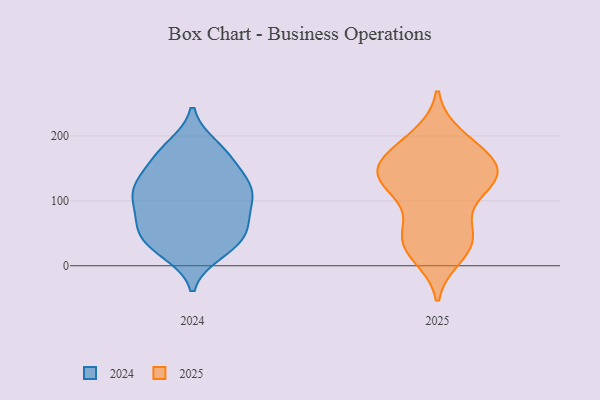
{"axis": {"x": "Bounce Rate (%)", "y": "Value"}, "legend": ["2024", "2025"], "data": [{"x": "", "y": 167, "type": "2024"}, {"x": "", "y": 85, "type": "2024"}, {"x": "", "y": 34, "type": "2024"}, {"x": "", "y": 123, "type": "2024"}, {"x": "", "y": 163, "type": "2024"}, {"x": "", "y": 21, "type": "2024"}, {"x": "", "y": 110, "type": "2024"}, {"x": "", "y": 122, "type": "2024"}, {"x": "", "y": 138, "type": "2024"}, {"x": "", "y": 29, "type": "2024"}, {"x": "", "y": 67, "type": "2024"}, {"x": "", "y": 36, "type": "2024"}, {"x": "", "y": 66, "type": "2024"}, {"x": "", "y": 116, "type": "2024"}, {"x": "", "y": 52, "type": "2024"}, {"x": "", "y": 110, "type": "2024"}, {"x": "", "y": 183, "type": "2024"}, {"x": "", "y": 63, "type": "2024"}, {"x": "", "y": 179, "type": "2024"}, {"x": "", "y": 109, "type": "2024"}, {"x": "", "y": 28, "type": "2025"}, {"x": "", "y": 199, "type": "2025"}, {"x": "", "y": 43, "type": "2025"}, {"x": "", "y": 143, "type": "2025"}, {"x": "", "y": 150, "type": "2025"}, {"x": "", "y": 51, "type": "2025"}, {"x": "", "y": 131, "type": "2025"}, {"x": "", "y": 97, "type": "2025"}, {"x": "", "y": 182, "type": "2025"}, {"x": "", "y": 55, "type": "2025"}, {"x": "", "y": 129, "type": "2025"}, {"x": "", "y": 29, "type": "2025"}, {"x": "", "y": 160, "type": "2025"}, {"x": "", "y": 16, "type": "2025"}, {"x": "", "y": 127, "type": "2025"}, {"x": "", "y": 159, "type": "2025"}, {"x": "", "y": 190, "type": "2025"}, {"x": "", "y": 143, "type": "2025"}, {"x": "", "y": 131, "type": "2025"}]}